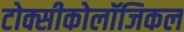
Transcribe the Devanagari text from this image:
टोक्सीकोलॉजिकल